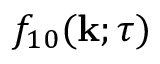
f _ { 1 0 } ( { \bf { k } } ; \tau )